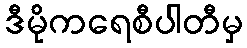
ဒီမိုကရေစီပါတီမှ